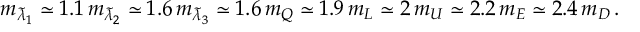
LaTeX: m _ { \widetilde \lambda _ { 1 } } \simeq 1 . 1 \, m _ { \widetilde \lambda _ { 2 } } \simeq 1 . 6 \, m _ { \widetilde \lambda _ { 3 } } \simeq 1 . 6 \, m _ { Q } \simeq 1 . 9 \, m _ { L } \simeq 2 \, m _ { U } \simeq 2 . 2 \, m _ { E } \simeq 2 . 4 \, m _ { D } \, .